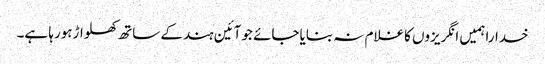
خداراہمیں انگریزوں کاغلام نہ بنایاجائے جوآئین ہندکے ساتھ کھلواڑہورہا ہے۔